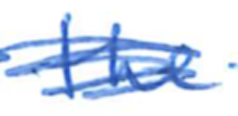
Text: the
Cross-out: scratch
Writing tool: ballpoint